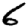
Digit: 6